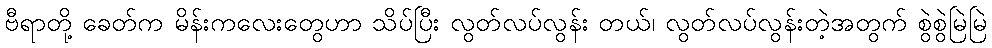
ဗီရာတို့ ခေတ်က မိန်းကလေးတွေဟာ သိပ်ပြီး လွတ်လပ်လွန်း တယ်၊ လွတ်လပ်လွန်းတဲ့အတွက် စွဲစွဲမြဲမြဲ